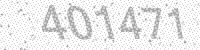
Solution: 401471